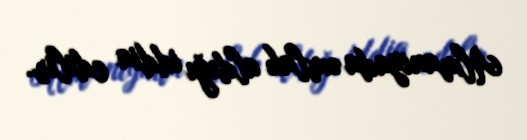
Almaniyada əmlak aldığı iddia edilir.